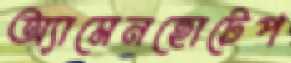
অ্যামেনহোটেপ